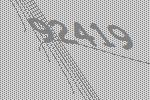
92419